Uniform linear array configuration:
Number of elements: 48
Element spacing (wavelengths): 0.25
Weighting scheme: blackman
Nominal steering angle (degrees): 15
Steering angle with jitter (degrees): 16.789
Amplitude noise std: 0.05
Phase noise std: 0.05

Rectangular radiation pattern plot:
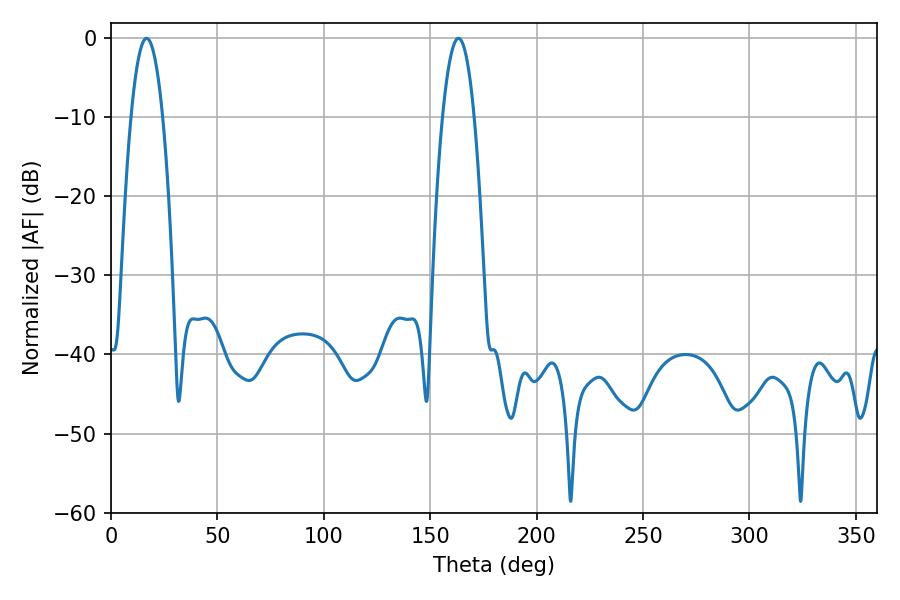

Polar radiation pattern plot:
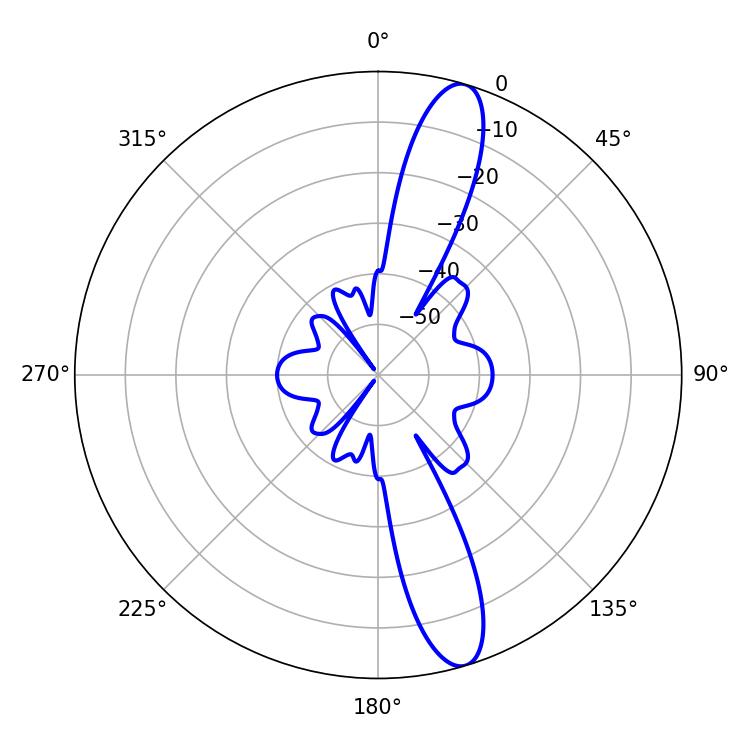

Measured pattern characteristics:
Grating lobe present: FALSE
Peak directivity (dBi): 13.528
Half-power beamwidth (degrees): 8.28
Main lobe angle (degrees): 16.74